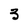
Character: 3